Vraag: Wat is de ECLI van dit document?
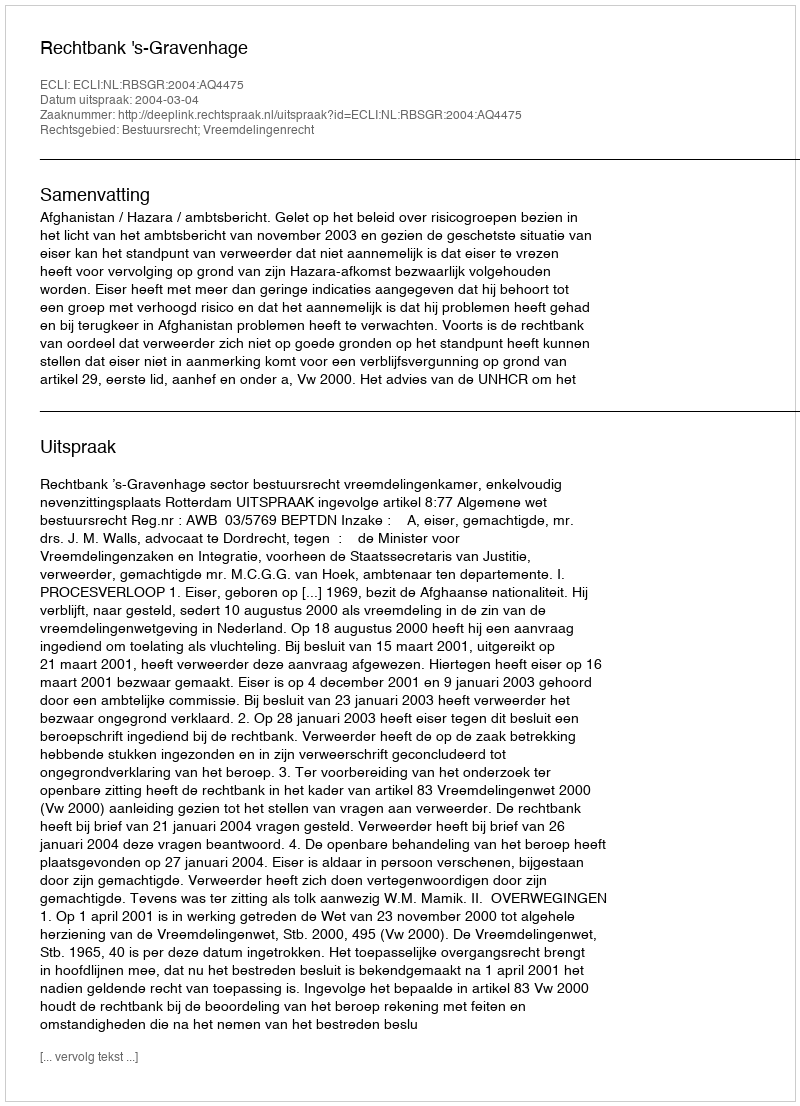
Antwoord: ECLI:NL:RBSGR:2004:AQ4475